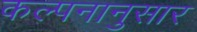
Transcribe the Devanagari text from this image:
कल्पनानुसार